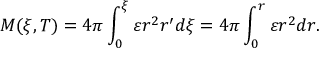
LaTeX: M ( \xi , T ) = 4 \pi \int _ { 0 } ^ { \xi } \varepsilon r ^ { 2 } r ^ { \prime } d \xi = 4 \pi \int _ { 0 } ^ { r } \varepsilon r ^ { 2 } d r .